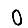
Digit: 0